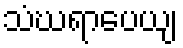
သံဃရာပေယျ